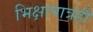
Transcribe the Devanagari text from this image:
भिक्षापात्रही